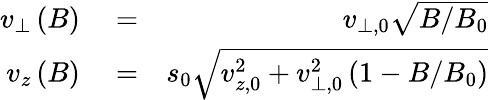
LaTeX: \begin{array}{rlr}{v_{\perp}\left(B\right)}&{{}=}&{v_{\perp,0}\sqrt{B/B_{0}}}\\ {v_{z}\left(B\right)}&{{}=}&{s_{0}\sqrt{v_{z,0}^{2}+v_{\perp,0}^{2}\left(1-B/B_{0}\right)}}\end{array}